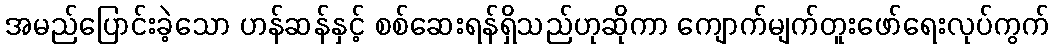
အမည်ပြောင်းခဲ့သော ဟန်ဆန်နှင့် စစ်ဆေးရန်ရှိသည်ဟုဆိုကာ ကျောက်မျက်တူးဖော်ရေးလုပ်ကွက်